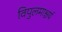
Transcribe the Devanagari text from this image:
विपुलमाश्चर्य